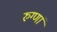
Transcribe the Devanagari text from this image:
रुग्णां